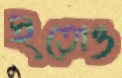
ইতোও